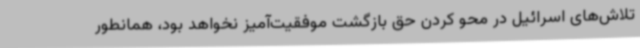
تلاش‌های اسرائیل در محو کردن حق بازگشت موفقیت‌آمیز نخواهد بود، همانطور